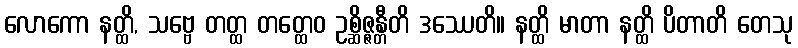
လောကော နတ္ထိ, သဗ္ဗေ တတ္ထ တတ္ထေဝ ဥစ္ဆိဇ္ဇန္တီတိ ဒဿေတိ။ နတ္ထိ မာတာ နတ္ထိ ပိတာတိ တေသု